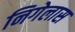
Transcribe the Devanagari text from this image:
निगेलास